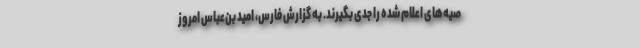
صیه‌های اعلام شده را جدی بگیرند. به گزارش فارس، امید بن‌عباس امروز